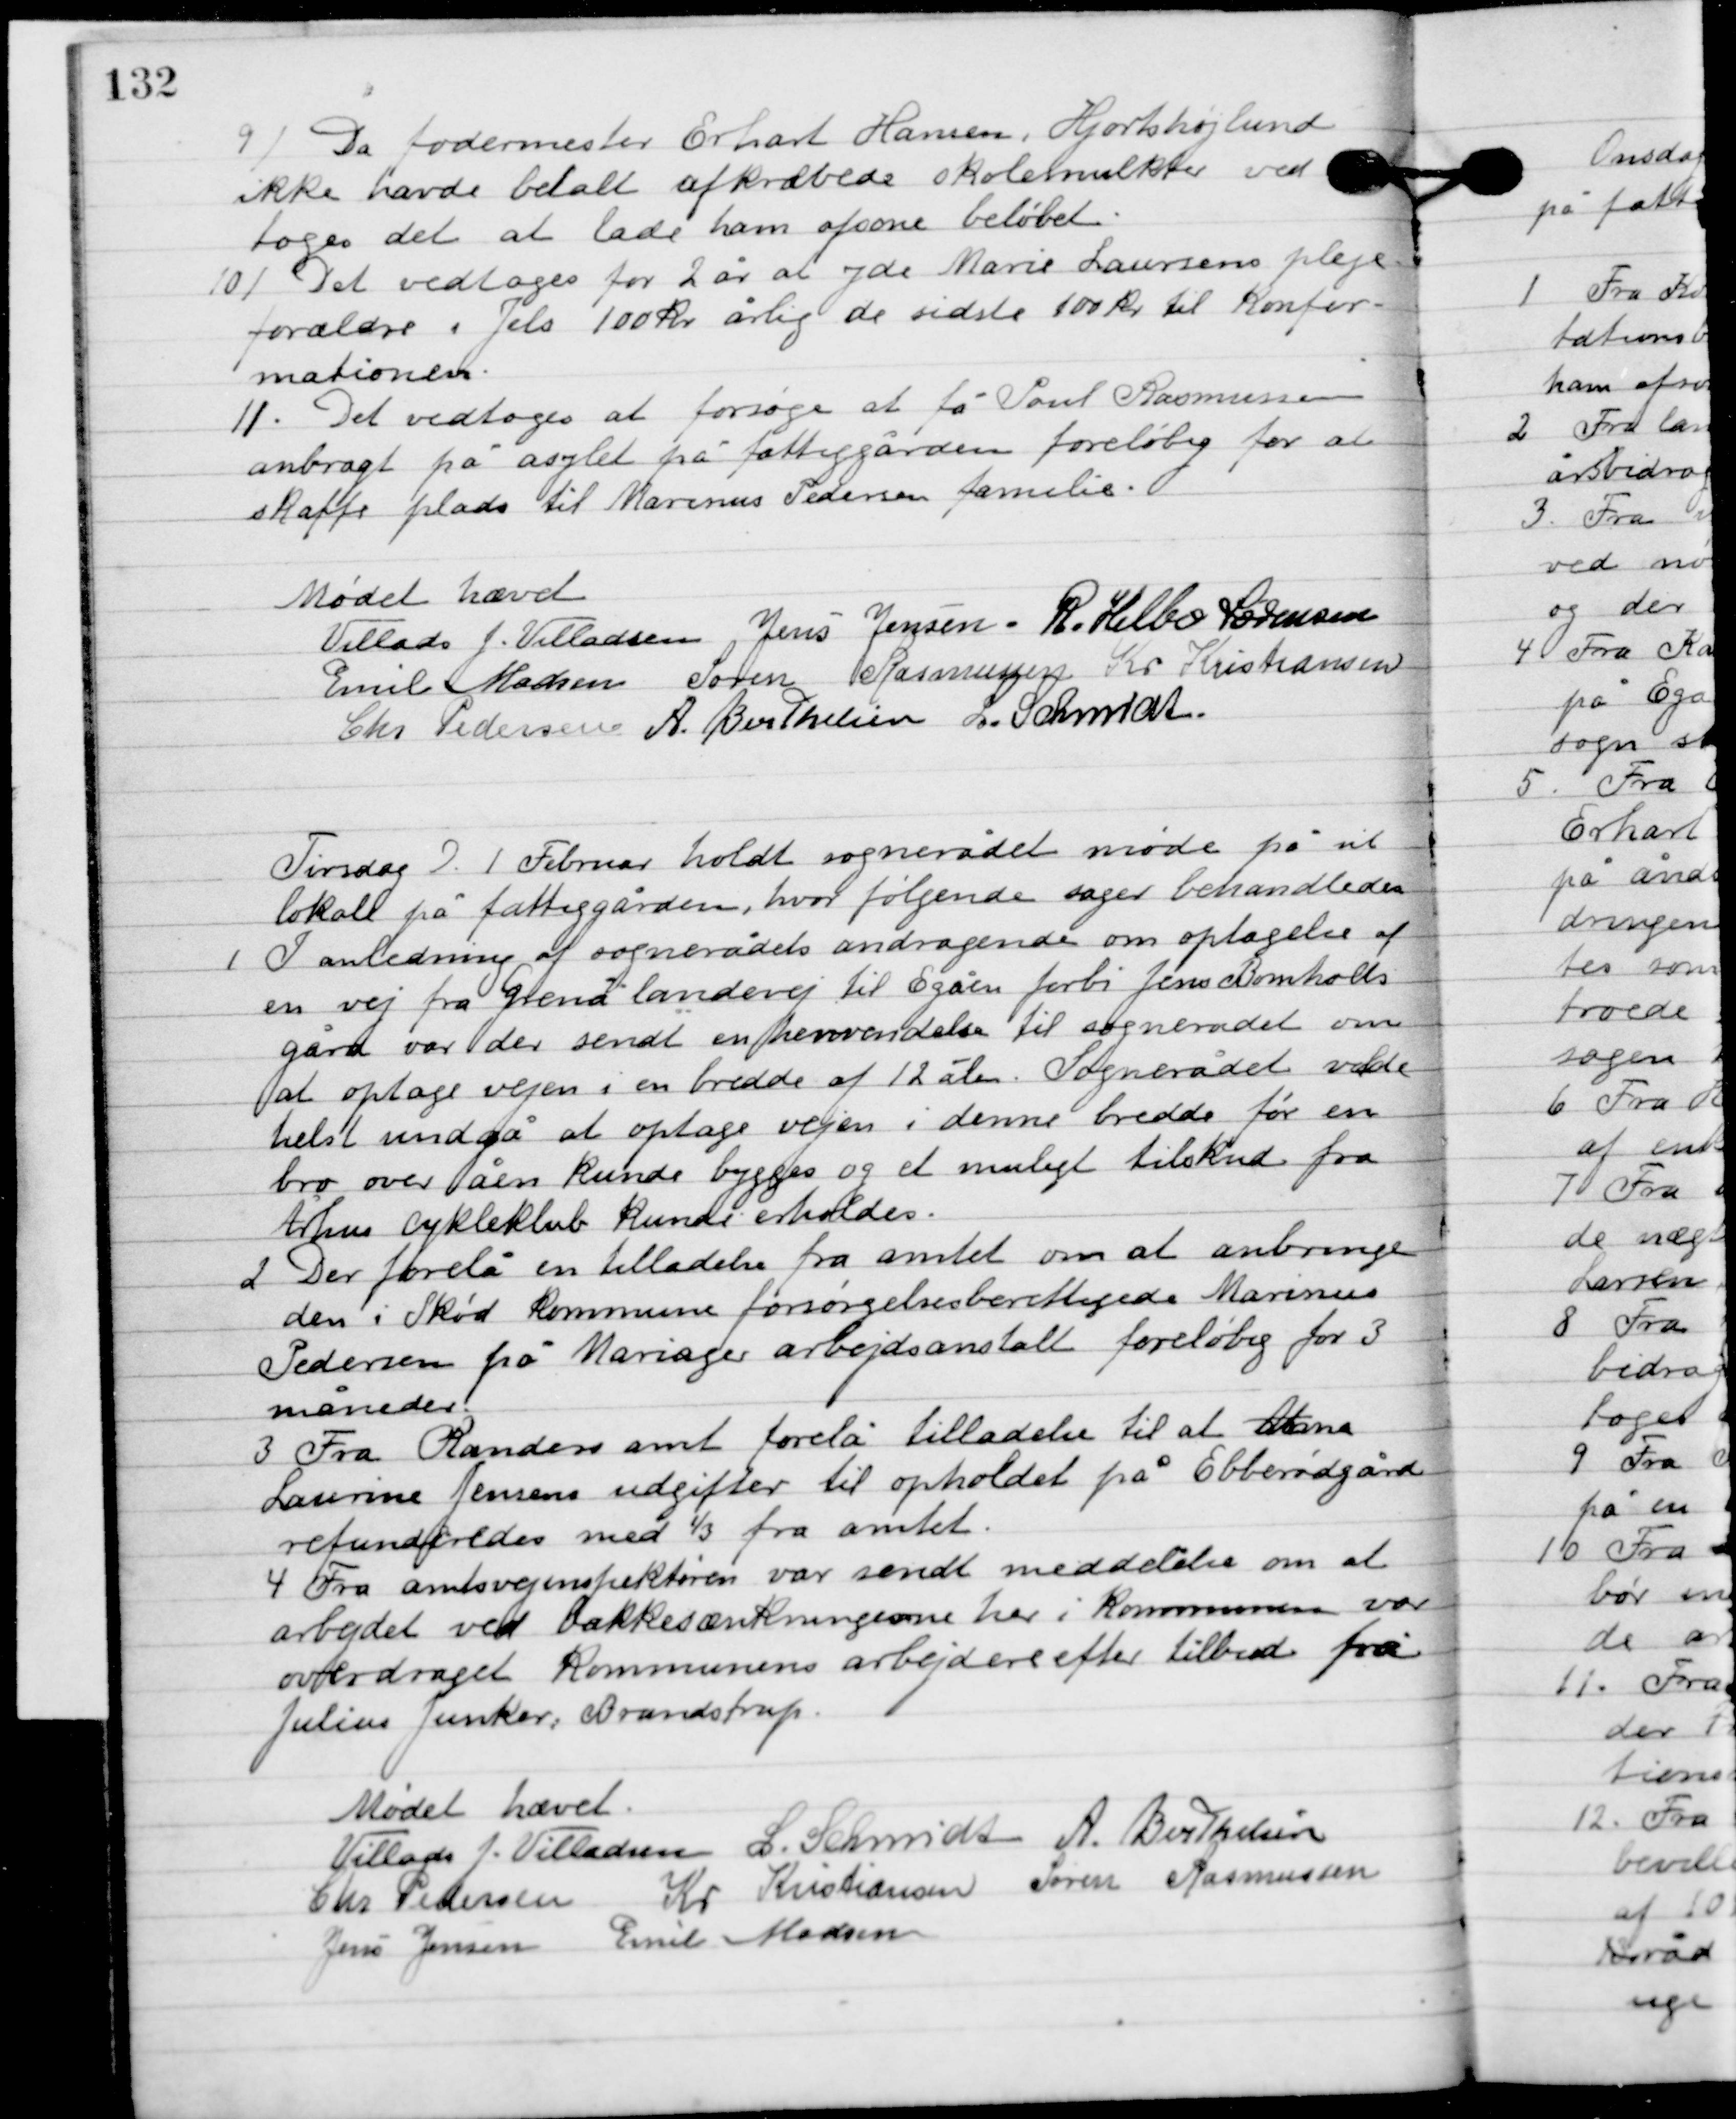
Transskription:
9

Da fodermester Erhart Hansen, Hjortshøjlund
ikke havde betalt afkrævedes skolemukte ved-
toges det at lade ham afsone beløbet.

10

Det vedtoges for 2 år at yde Marie Laursens pleje-
forældre i Jels 100 kr. årlig de sidste 100 kr. til konfir-
mationen.

11

Det vedtoges at forsøge at få Poul Rasmussen
 anbragt på asylet på fattiggården foreløbig for at
skaffe plads til  Marinus Pedersen familie.

Mødet hævet.

Villads J. Villadsen
Jens Jensen
R. Helbo Sørensen
Emil Madsen
Søren Rasmussen
Kr. Kristiansen
Chr. Pedersen
A. Berthelsen
L. Schmidt

Tirsdag D. 1. Februar holdt sognerådet møde på sit
lokale på fattiggården, hvor følgende sager behandledes.

1

I anledning af sognerådets andragende om optagelse af
en vej fra Grenå landevej til Egåen forbi Jens Bomholdts
gård var der sendt en henvendelse til sognerådets om
at optag vejen i en bredde af 12 alen. Sognerådet vilde
helst undgå at optage vejen i denne bredde før en
bro over åen kunde bygges og et muligt tilskud fra
 Århus cykelklub kunde erholdes.

2

Der forelå en tilladelse fra amtet om at anbringe
den i Skød kommune forsørgelses berettigede Marinus
Pedersen på Mariager arbejdsanstalt foreløbig for 3
måneder.

3

Fra Randers amt forelå tilladels til at Alma
Laurine jens udgifter til opholdet på Ebberødgård
refunderedes med 1/3 fra amtet.

4

Fra amtsvejinspektøren var sendt meddelelse om at
arbejdet ved bakkesænkningerne her i kommunen var
overdraget kommunens arbejdere efter tilbud fra
Julius Junker, Brandstrup.

Mødet hævet.

Villads J. Villadsen
I. Schmidt
A. Berthelsen
Chr. Pedersen
Kr. Kristiansen
Søren Rasmussen
Jens Jensen
Emil Madsen